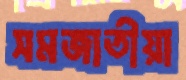
সমজাতীয়া